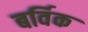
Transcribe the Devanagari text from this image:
बर्विक